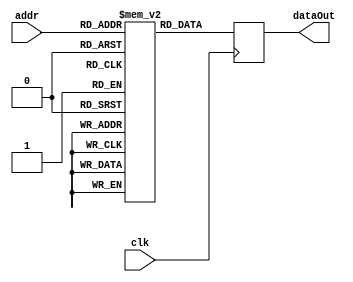
module InstMemory(
input clk,
input[ADDR_BIT_WIDTH - 1: 0] addr,
output reg[DATA_BIT_WIDTH - 1: 0] dataOut
);

parameter MEM_INIT_FILE = "";
parameter ADDR_BIT_WIDTH = 11;
parameter DATA_BIT_WIDTH = 32;
parameter N_WORDS = (1 << ADDR_BIT_WIDTH);

(* ram_init_file = MEM_INIT_FILE *)
reg[DATA_BIT_WIDTH - 1: 0] data[0: N_WORDS - 1];

always @(negedge clk) begin
	dataOut <= data[addr];
end

endmodule